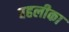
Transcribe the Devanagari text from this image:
बहलीका